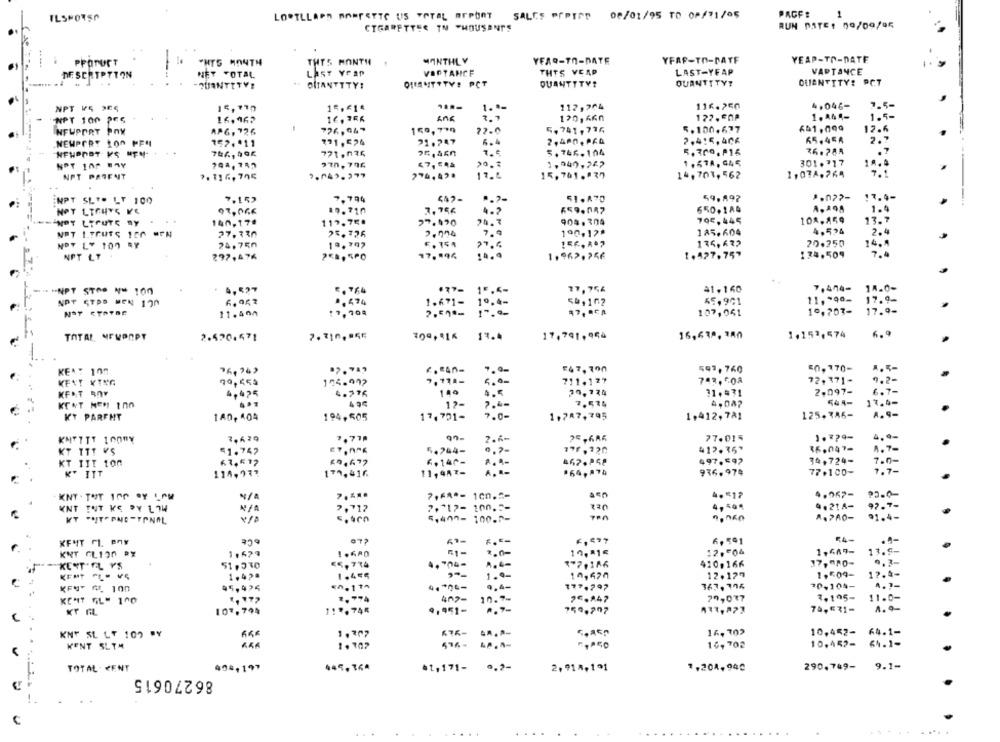
PAGE:
ILSHOTSO
LOPTLLAPO AOMFATTE US VOTEL REPORT SALES POPTOD
08/01/95 TO 0P/71/05
CIGARETTER IN THOUSANDS
RUN DATE: 09/09/95
YFAP-TO-DATE
YEAP-TO-DATE
PPOTUCT
*HTS MONTH
THIS MONTH
MONTHLY
YEAR-TO-DATE
DESCRIPTION
NET TOTAL
LAST YEAP
VIPTANCE
THES VEAP
LAST-YFAP
VARTANCE
OUIENTITY: PCT
-QUANTITY!
OITANTTTY!
Off MITTTV! PCT
QUANTITY?
QUANTITYT
NPT VS ME6
15,110
15 .* 14
1. ª-
112,264
116.250
4.046-
7.5
ENPT 100 PES
16,962
16, 366
3.7
120, 660
172, ENP
1. A44-
1.5-
651.000
NEWPORT POX
APG, 726
726,947
159,739
72.0
5,741,714
5.100.677
12.
152. * 11
191,524
21.747
6.
2,480, PFA
2,415, 406
65.454
.NEWPORT LOO PFN
771.836
.7.4
5.746.104
36.784
298, 789
970, 796
1,940,267
1, 57A, G45
301. 717
NOT 100 BAY
NPT PARENT
274, 42 .
17.5
15, 701."37
14,701, 562
1,078.764
ENPT SLTO LT 100
7.152
7.794
447-
.. 7-
51. A70
59.892
:7.4-
A, AOS
07,066
19.710
4 . 7
659.047
650.184
1.9
NOT LTFUTC RY
140,17ª
119.75.
29.990
904.304
704,445
108.859
13.7
185.604
4,524
NPT ITPUTS 100 MEN
27.730
25.726
190.17ª
2.4
24.750
176,632
20.250
NOT LY 100 RY
NPT LT
297,476
17.194
1,962.256
1.427.75"
174.509
7 .4
. 4,527
E. 764
77,754
41,160
7,474- 14.0-
i HNPT STOP N= 100
NPT CTPS MEN 190
4,474
54,162
45,901
11, >90-
NOT CTATBE
17,704
1 .671 -
107,041
10.707- 17.9-
11.400
1.153,574
6 ,9
TOTAL MFWPOPT
2.520.571
17.4
17, 791, 954
16,638, 3An
KEN: 100
£47,700
597,760
<0, 170-
72.371-
79,454
124.997
7. 77 .-
5.00
711.127
743,508
9.2-
KFAT BOY
4,425
4.776
140
11,431
2.097-
6.7-
17.4-
KENT MEM In0
12-
7.574
4, 047
544-
KT PARFHT
17.701-
1,412, 7A1
125.786-
A.9-
1A0, 404
194,505
1,787,795
90.
77.015
1.₹?9-
4,9-
KMTTTT 100ny
2.4-
KT ITT VS
41.742
5.264-
412.35"
36.047-
4.7-
6.140-
467.058
497.592
34.724-
7.0-
KT IIT 100
K" ITT
115,973
170. 416
11, 4A7-
936.974
77.100-
7.7-
KNT - TOT 100 SY LOM
1en .:-
4. 517
4.967-
PO-0-
4, 504
97.7-
KNT TUT KĘ PY L74
7, 712
2 . "17 - 200 . - -
4.218-
5 . 4 77 -
A.PRO-
91.4-
KFMT CL Any
6,591
54-
13.5-
KNT GLION PX
10,81€
12.004
1,669-
51,330
177,106
420,166
0.3-
KENT'EL YS
1 .- 04 -
KENT -LOVS
1.42ª
10,677
12.129
1,509-
17.4-
95,424
0.20-
177.797
367,194
30,104-
4.7-
KENT A 100
1, 177
ung-
2€.847
79,077
7.195-
11.0-
9.951-
70,531-
A. 9-
107.794
759,797
137,873
64.1-
KNY SL LT 109 RY
AR ...
16, 702
10,452-
KENT SLIM
ARA
476 -
16, 702
10.452-
64.1-
TOTAL. KENT
40#,197
445.364
*t, 171-
2,914.1º1
1,201, 940
290.749-
9.1-
86270615
C
. ...